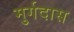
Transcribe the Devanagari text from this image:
मुर्गदास